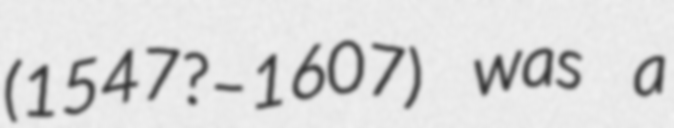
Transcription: (1547?–1607) was a